Civil Veterinary Dept. Bombay admin report 1900-1906 - 1900-1906
Year: 1900
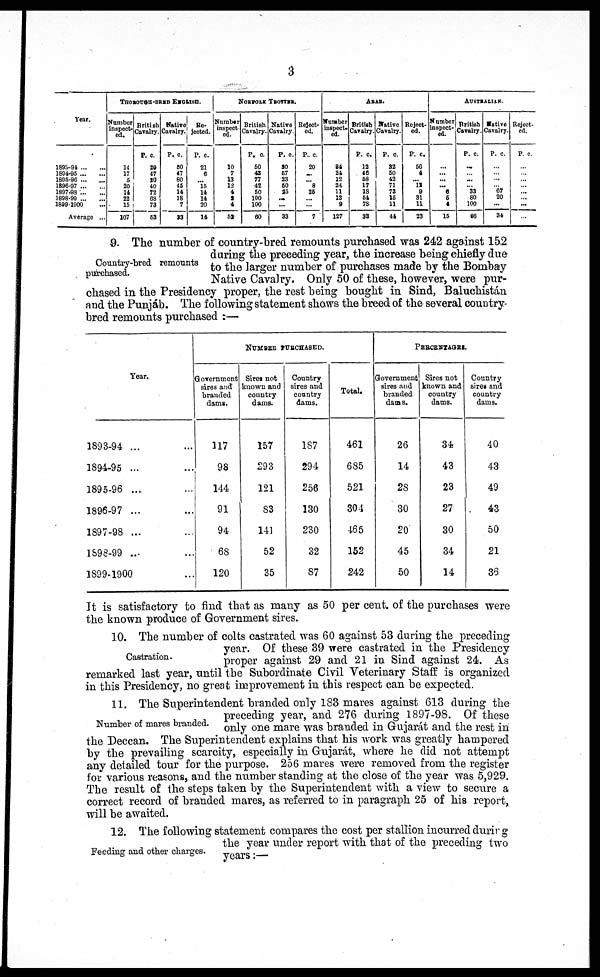
3
Year.
1898-94 ... ...
1894-95 ... ...
1895-96 ... ...
1896-97 ... ...
1897-98 ... ...
1898-99 ... ...
1899-1900 ...
Average ...
THONOUGH- BERD-
ENGLISH.
Number
inspect-
ed.
14
17
5
20
11
22
15
107
British
Cavalry.
P. c.
20
47
20
40
72
68
73
53
Native
Cavalry.
P. c.
50
47
80
45
14
18
7
33
jected.
P. c.
21
6
... 15
14
14
20
14
NORFOLH TROTTER.
Number
inspect-
ed.
10
7
13
12
4
2
4
52
British
Cavalry.
P. c.
50
43
77
42
50
100
100
60
Native
Cavalry.
P. c.
30
57
23
50
25
...
...
33
Reject-
ed.
P.c.
20
....
... 8
25
...
...
7
ARAB
Number
inspect-
ed.
34
24
12
24
11
13
9
127
British
Cavalry.
P. c.
12
46
58
17
18
54
78
33
Native
Cavalry.
P. c.
32
50
42
71
73
15
11
44
Reject-
ed.
P. c.
50
4
... 12
9
31
11
23
AUSTRALLIAN.
Number
inspect-
ed.
...
...
......
... 6
5
4
15
British
Cavalry.
P. c.
...
... ...
... 33
80
100
66
Native
Cavalry.
P. c.
...
...
...
... 67
20
...
34
Reje
ed
P.
...
...
...
...
...
...
...
...
Country-bred remounts
purchased.
9. The number of country-bred remounts purchased was 242 against 152
during the preceding year, the increase being chiefly due
to the larger number of purchases made by the Bombay
Native Cavalry. Only 50 of these, however, were pur-
chased in the Presidency proper, the rest being bought in Sind, Baluchistán
and the Punjáb. The following statement shows the breed of the several country-
bred remounts purchased :—
Year.
1893-94 ...
1894-95 ...
1895-96 ...
1896-97 ...
1897-98 ...
1598-99 ...
1899-1900
NUMBER PURCHASED.
Government
sires and
branded
dams.
117
98
144
91
94
68
120
Sires not
known and
country
dams.
157
293
121
83
141
52
35
Country
sires and
country
dams.
187
294
256
130
230
32
87
Total.
461
685
521
304
465
152
242
PERCENTAGES.
Government
sires and
branded
dams.
26
14
28
30
20
45
50
Sires not
known and
country
dams.
34
43
23
27
30
34
14
Country
sires and
country
dams.
40
43
49
43
50
21
36
It is satisfactory to find that as many as 50 per cent. of the purchases were
the known produce of Government sires.
Castration.
10. The number of colts castrated was 60 against 53 during the preceding
year. Of these 39 were castrated in the Presidency
proper against 29 and 21 in Sind against 24. As
remarked last year, until the Subordinate Civil Veterinary Staff is organized
in this Presidency, no great improvement in this respect can be expected.
Number of mares branded.
11. The Superintendent branded only 183 mares against 613 during the
preceding year, and 276 during 1897-98. Of these
only one mare was branded in Gujarát and the rest in
the Deccan. The Superintendent explains that his work was greatly hampered
by the prevailing scarcity, especially in Gujarát, where he did not attempt
any detailed tour for the purpose. 256 mares were removed from the register
for various reasons, and the number standing at the close of the year was 5,929.
The result of the steps taken by the Superintendent with a view to secure a
correct record of branded mares, as referred to in paragraph 25 of his report,
will be awaited.
Feeding and other charges.
12. The following statement compares the cost per stallion incurred during
the year under report with that of the preceding two
years:—